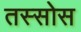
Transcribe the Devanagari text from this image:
तस्सोस